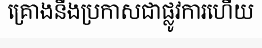
គ្រោងនឹងប្រកាសជាផ្លូវការហើយ